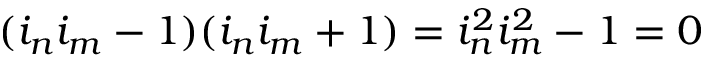
( i _ { n } i _ { m } - 1 ) ( i _ { n } i _ { m } + 1 ) = i _ { n } ^ { 2 } i _ { m } ^ { 2 } - 1 = 0